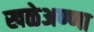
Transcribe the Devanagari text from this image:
खळेअण्णा